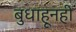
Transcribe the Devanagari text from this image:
बुधाहूनही